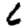
Digit: 6